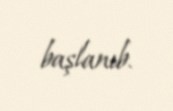
başlanıb.